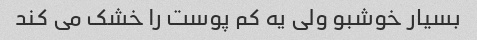
بسیار خوشبو ولی یه کم پوست را خشک می کند